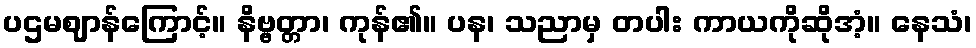
ပဌမဈာန်ကြောင့်။ နိဗ္ဗတ္တာ၊ ကုန်၏။ ပန၊ သညာမှ တပါး ကာယကိုဆိုအံ့။ နေသံ၊